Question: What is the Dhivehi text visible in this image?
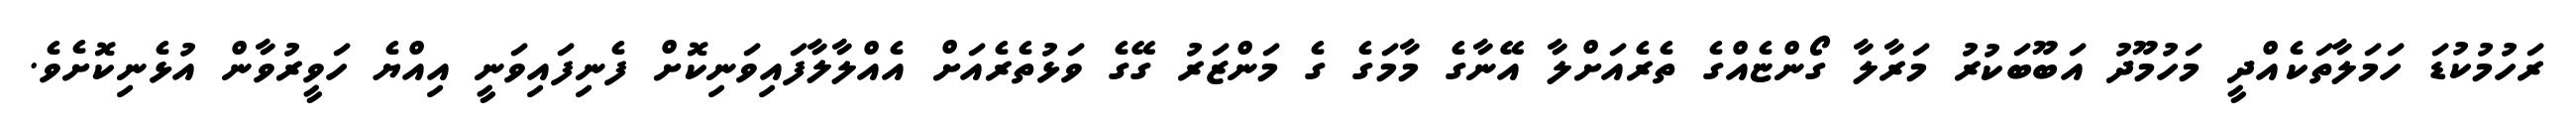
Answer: ރަހުމުކުޑަ ހަމަލާތަކެއްދީ މަހުމޫދު އަބޫބަކުރު މަރާލާ ގޯންޏެއްގެ ތެރެއަށްލާ އޭނާގެ މާމަގެ ގެ މަންޒަރު ގޭގެ ވަޅުތެރެއަށް އެއްލާލާފައިވަނިކޮށް ފެނިފައިވަނީ އިއްޔެ ހަވީރުވާން އުޅެނިކޮށެވެ.